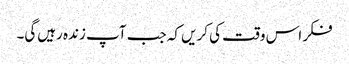
فکر اس وقت کی کریں کہ جب آپ زندہ رہیں‌گی۔